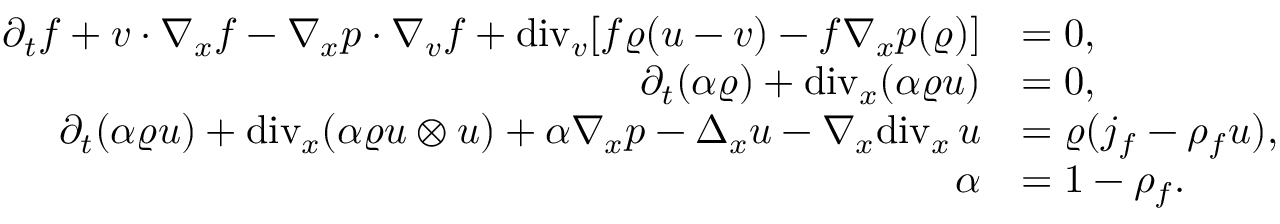
\begin{array} { r l } { \partial _ { t } f + v \cdot \nabla _ { x } f - \nabla _ { x } p \cdot \nabla _ { v } f + \mathrm { d i v } _ { v } [ f \varrho ( u - v ) - f \nabla _ { x } p ( \varrho ) ] } & { = 0 , } \\ { \partial _ { t } ( \alpha \varrho ) + \mathrm { d i v } _ { x } ( \alpha \varrho u ) } & { = 0 , } \\ { \partial _ { t } ( \alpha \varrho u ) + \mathrm { d i v } _ { x } ( \alpha \varrho u \otimes u ) + \alpha \nabla _ { x } p - \Delta _ { x } u - \nabla _ { x } \mathrm { d i v } _ { x } \, u } & { = \varrho ( j _ { f } - \rho _ { f } u ) , } \\ { \alpha } & { = 1 - \rho _ { f } . } \end{array}